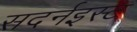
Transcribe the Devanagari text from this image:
सदर्नइस्ट